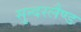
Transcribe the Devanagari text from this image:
सुन्दरलैण्ड